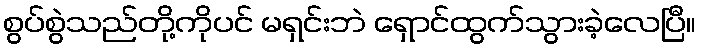
စွပ်စွဲသည်တို့ကိုပင် မရှင်းဘဲ ရှောင်ထွက်သွားခဲ့လေပြီ။